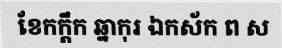
ខែកក្តឹក ឆ្នាកុរ ឯកស័ក ព ស